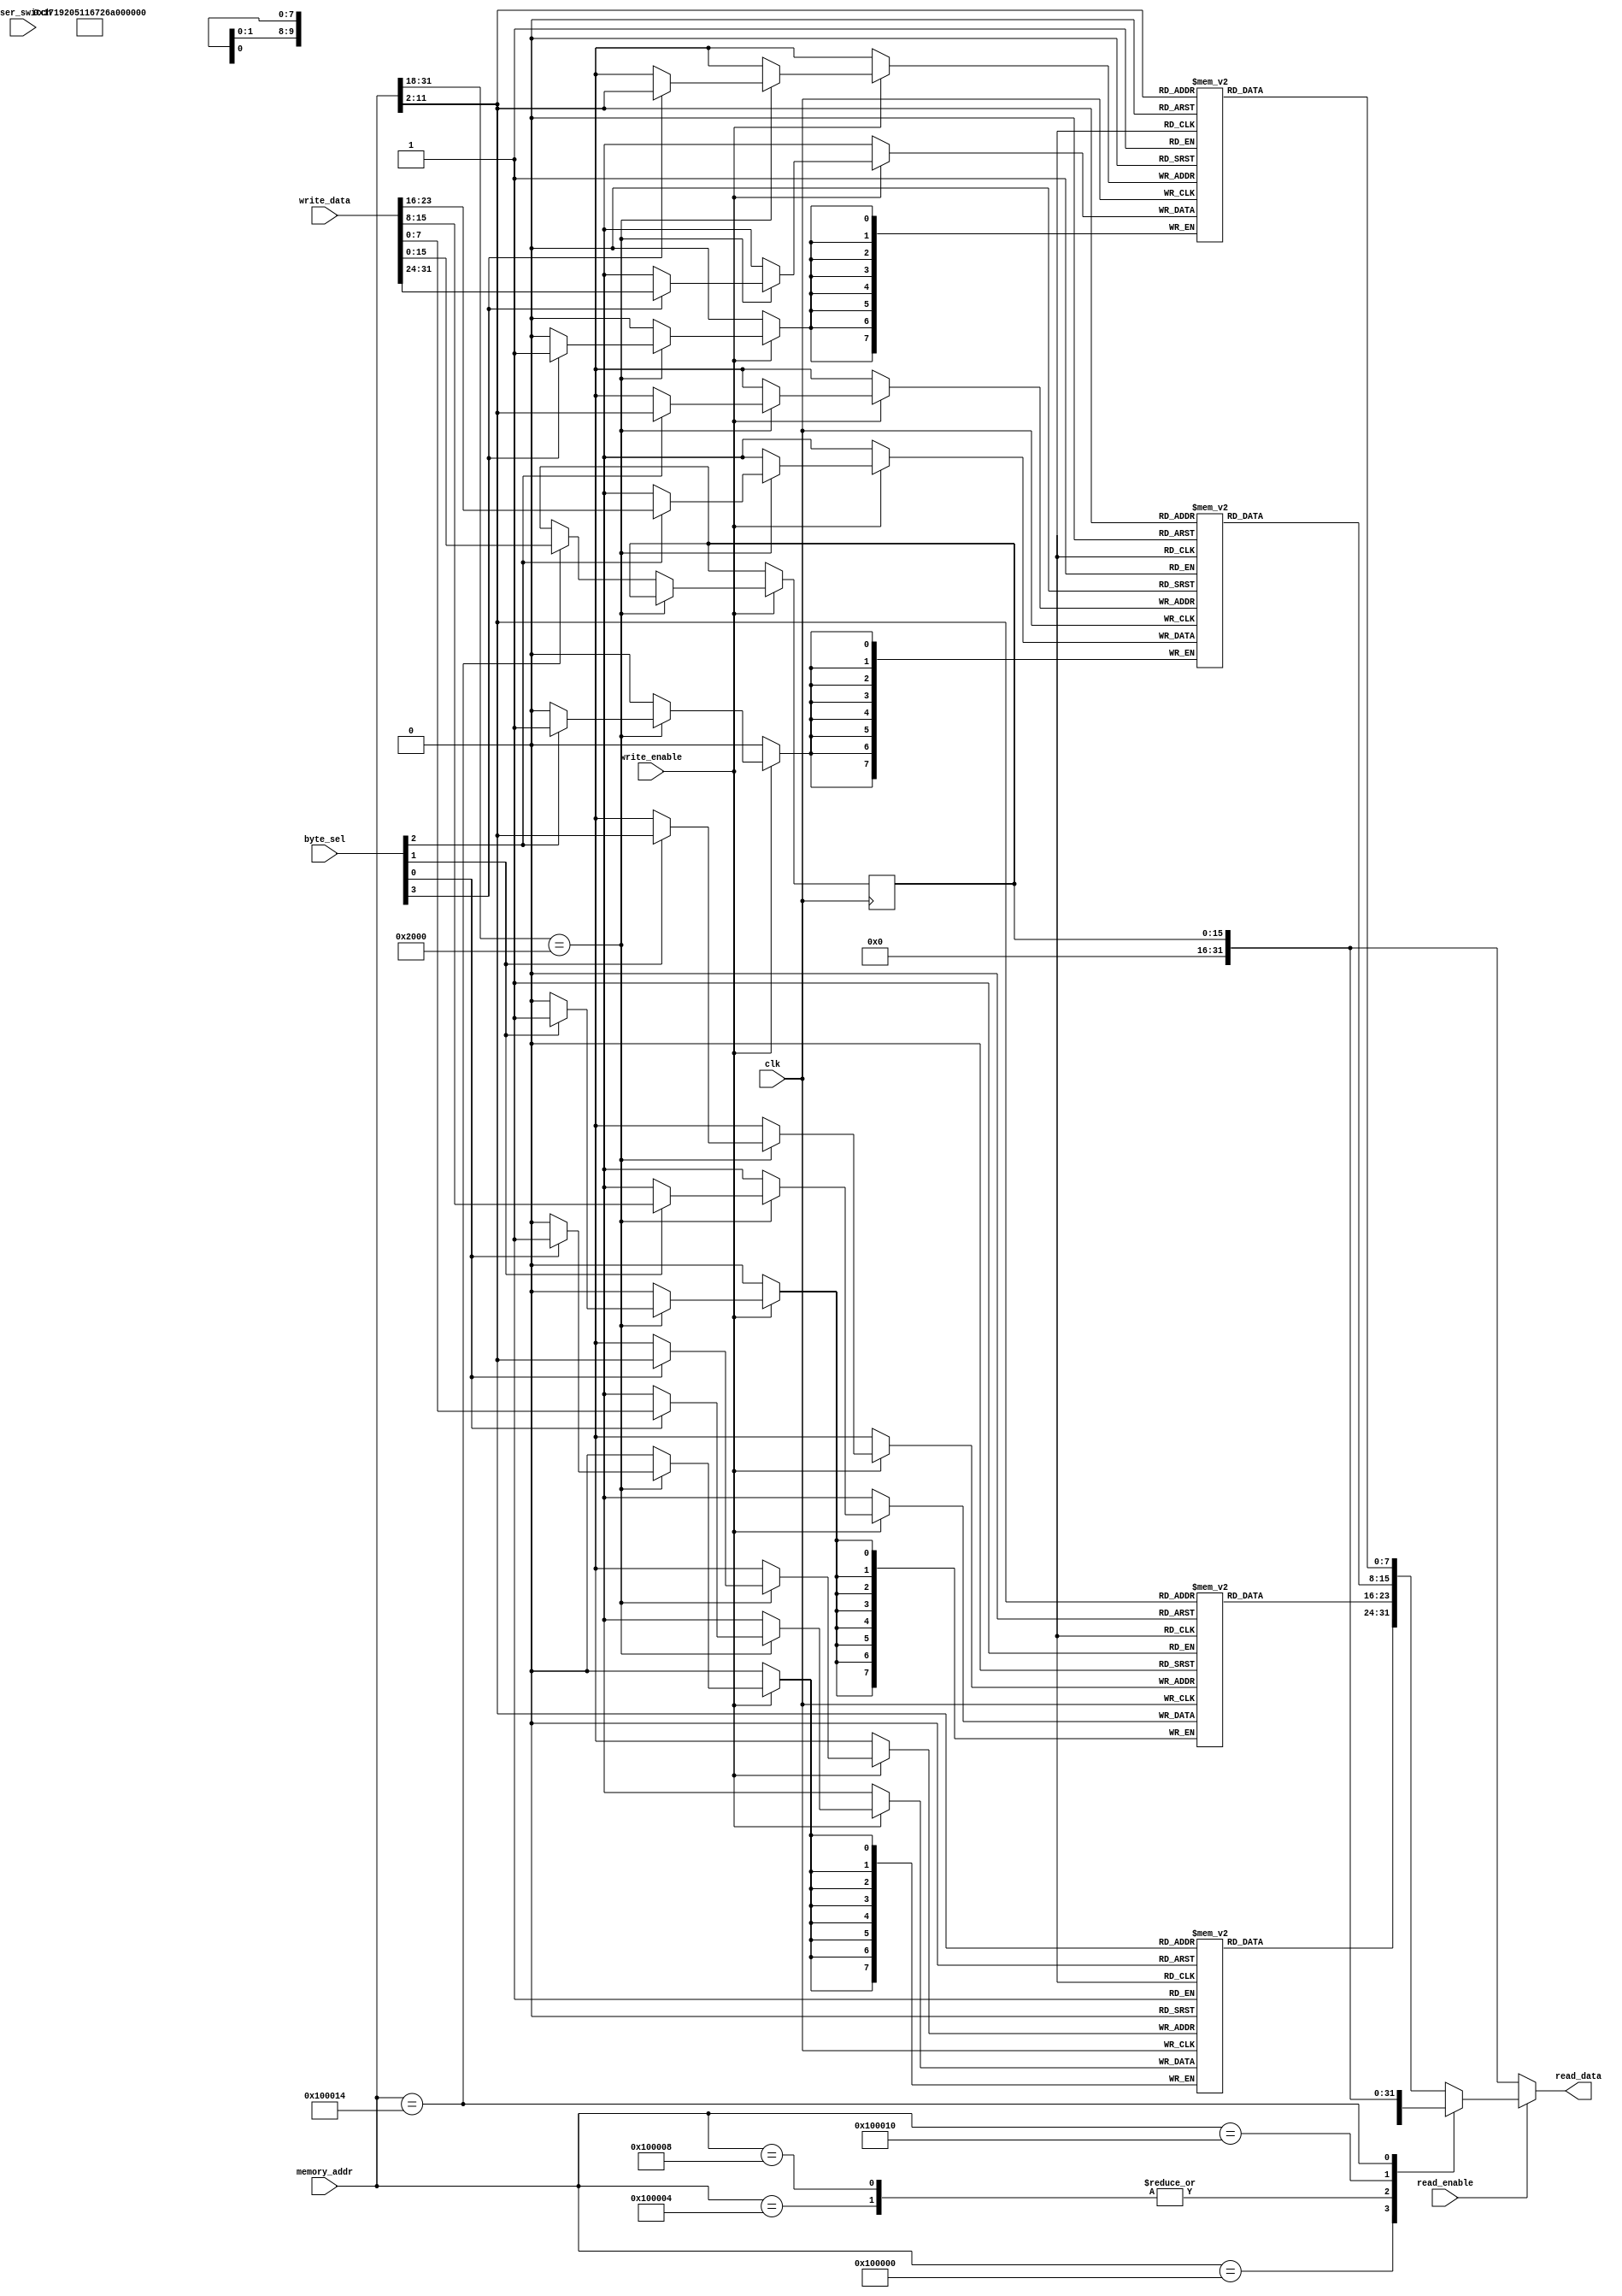
`timescale 1ns / 1ps
//////////////////////////////////////////////////////////////////////////////////
// Company: 
// Engineer: 
// 
// Design Name: 
// Module Name: DataMemory
// Project Name: 
// Target Devices: 
// Tool Versions: 
// Description: 
// 
// Dependencies: 
// 
// Revision:
// Revision 0.01 - File Created
// Additional Comments:
// 
//////////////////////////////////////////////////////////////////////////////////

module DataMemory(
    input wire clk, read_enable, write_enable,
    input wire [3:0] byte_sel,
    input wire [31:0] memory_addr, write_data,
    input wire  [15:0] user_switch,
    output reg [31:0] read_data
);

parameter DataMemSize = 4096;
wire [31:0] word_addr; // Word addressed
reg [7:0] DataMem0[0:(DataMemSize/4)-1];
reg [7:0] DataMem1[0:(DataMemSize/4)-1];
reg [7:0] DataMem2[0:(DataMemSize/4)-1];
reg [7:0] DataMem3[0:(DataMemSize/4)-1];
reg [31:0] SpecialNum1 = 32'h17192051;
reg [31:0] SpecialNum2 = 32'h16726992;
reg [31:0] SpecialNum3 = 32'h16726992;
reg [15:0] LEDs;

assign word_addr = memory_addr >> 2; // Converting to word address

always @(*) begin
    if (read_enable) begin
        case (memory_addr)
            32'h00100000: read_data <= SpecialNum1;
            32'h00100004: read_data <= SpecialNum2;
            32'h00100008: read_data <= SpecialNum3;
            32'h00100010: read_data <= {16'b0, user_switch};
            32'h00100014: read_data <= {16'b0, LEDs};
            default: read_data <= {DataMem0[word_addr[9:0]], DataMem1[word_addr[9:0]], DataMem2[word_addr[9:0]], DataMem3[word_addr[9:0]]};
        endcase
    end else begin
        read_data <= {16'b0, LEDs};
    end
end

always @(posedge clk) begin
    if (write_enable) begin
        if (word_addr[31:16] == 16'h2000) begin
            if (byte_sel[0]) DataMem0[word_addr[9:0]] <= write_data[07:00];
            if (byte_sel[1]) DataMem1[word_addr[9:0]] <= write_data[15:08];
            if (byte_sel[2]) DataMem2[word_addr[9:0]] <= write_data[23:16];
            if (byte_sel[3]) DataMem3[word_addr[9:0]] <= write_data[31:24];
        end else if (memory_addr == 32'h00100014) begin
            LEDs <= write_data[15:0];
        end
    end
    $display(DataMem3);
    $display(DataMem2);
    $display(DataMem1);
    $display(DataMem0);
end

endmodule